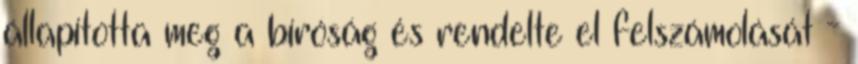
állapította meg a bíróság és rendelte el felszámolását -